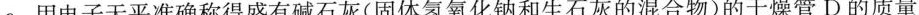
a.用电子天平准确称得盛有碱石灰(固体氢氧化钠和生石灰的混合物)的干燥管D的质量